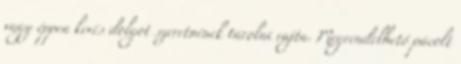
vagy éppen kevés dolgot szeretnének tárolni rajta. Megrendelhető pácolt